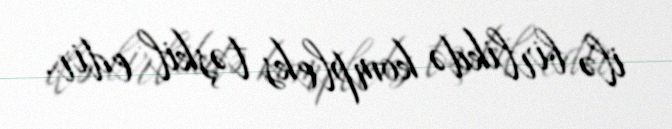
ilə birlikdə kompleks təşkil edir.